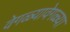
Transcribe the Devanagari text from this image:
वेगळ्यावेगळ्या